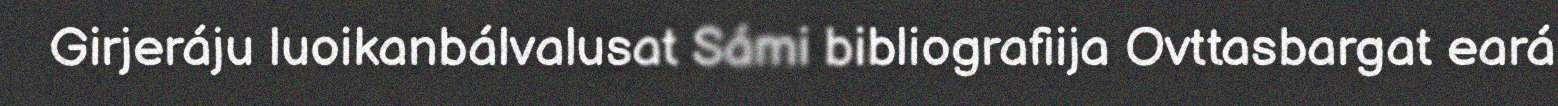
Girjeráju luoikanbálvalusat Sámi bibliografiija Ovttasbargat eará